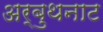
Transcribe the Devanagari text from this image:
अर्बुथनाट